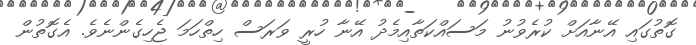
ގޮތުގައި އޭނާއަށް ކުރެވުނު މަސައްކަތާއިމެދު އޭނާ ހުރީ ވަރަސް ހިތްހަމަ ޖެހިގެންނެވެ. އެގޮތުން